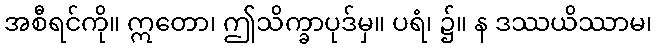
အစီရင်ကို။ ဣတော၊ ဤသိက္ခာပုဒ်မှ။ ပရံ၊ ၌။ န ဒဿယိဿာမ၊